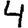
Digit: 4